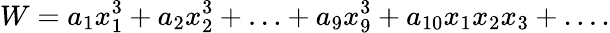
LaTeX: W=a_{1}x_{1}^{3}+a_{2}x_{2}^{3}+\ldots+a_{9}x_{9}^{3}+a_{10}x_{1}x_{2}x_{3}+\ldots.